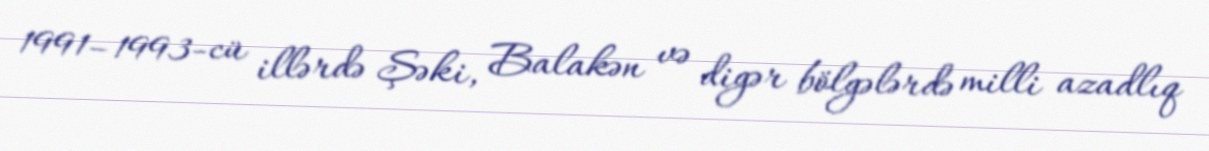
1991–1993-cü illərdə Şəki, Balakən və digər bölgələrdə milli azadlıq